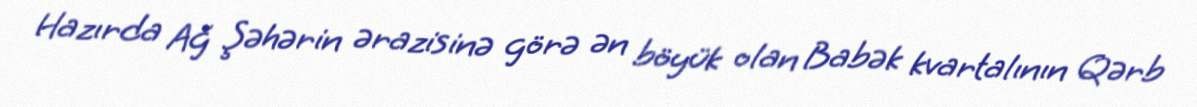
Hazırda Ağ Şəhərin ərazisinə görə ən böyük olan Babək kvartalının Qərb